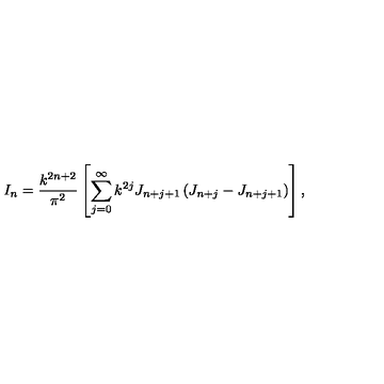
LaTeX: I _ { n } = \frac { k ^ { 2 n + 2 } } { \pi ^ { 2 } } \left[ \sum _ { j = 0 } ^ { \infty } k ^ { 2 j } J _ { n + j + 1 } \left( J _ { n + j } - J _ { n + j + 1 } \right) \right] ,